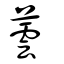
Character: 蕓